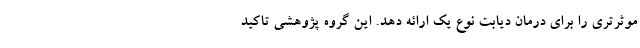
موثرتری را برای درمان دیابت نوع یک ارائه دهد. این گروه پژوهشی تاکید